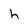
Character: h